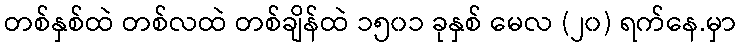
တစ်နှစ်ထဲ တစ်လထဲ တစ်ချိန်ထဲ ၁၅၀၁ ခုနှစ် မေလ (၂၀) ရက်နေ.မှာ